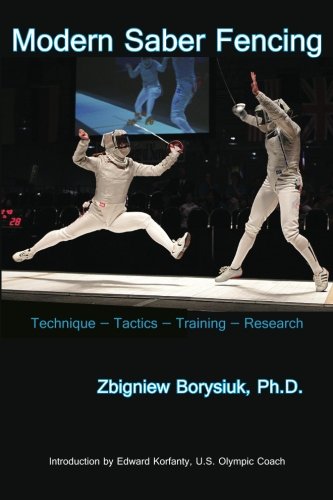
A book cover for Modern Saber Fencing: Technique, Tactics, Training, and Research; Zbigniew Borysiuk; Sports & Outdoors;